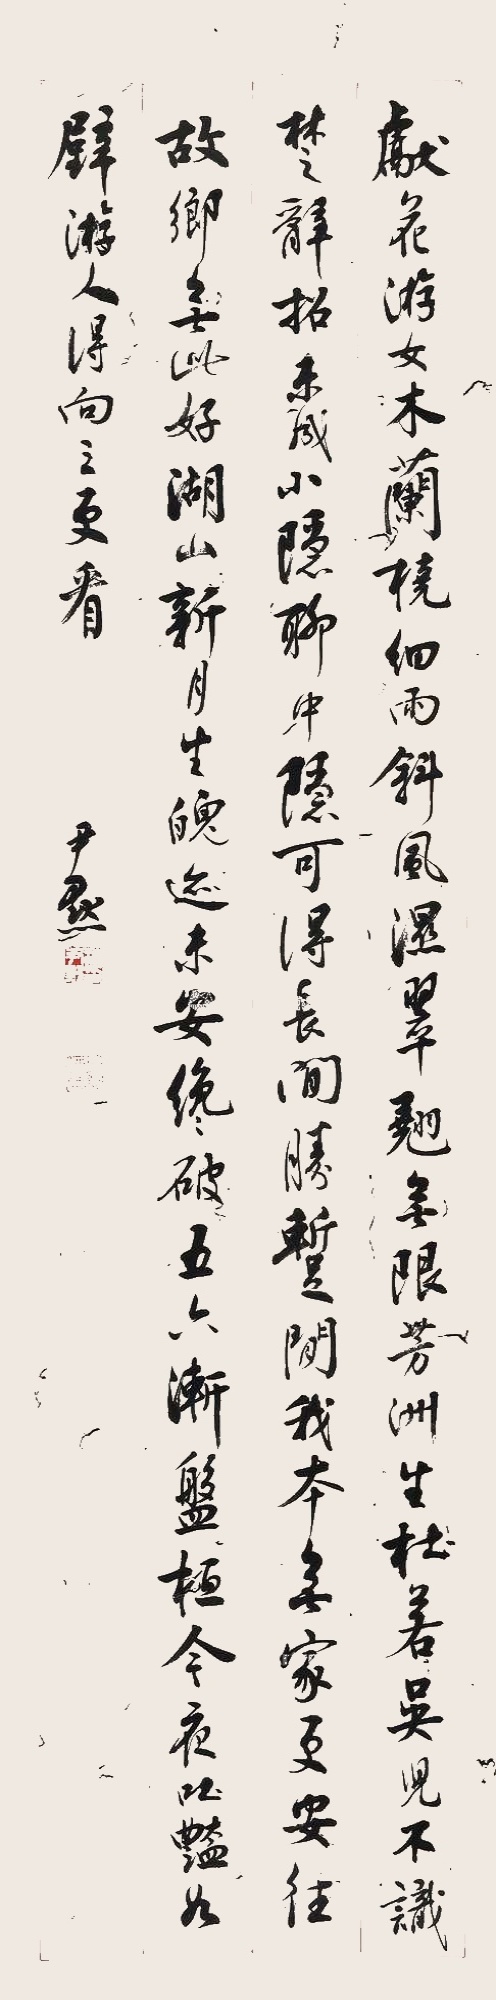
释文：献花游女木兰桡，细雨斜风湿翠翘。无限芳洲生杜若，吴儿不识楚辞招。未成小隐聊中隐，可得长闲胜暂闲。我本无家更安往，故乡无此好湖山。新月生魄迹未安，才破五六渐盘桓。今夜吐艳如（半）璧，游人得向三更看。尹默。